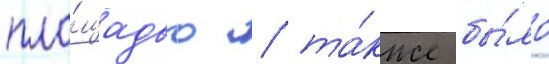
пло́щадью / та́кже бы́ло